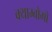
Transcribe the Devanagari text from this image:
क्याम्बोगो